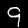
Digit: 9